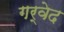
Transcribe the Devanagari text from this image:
गर्वेद